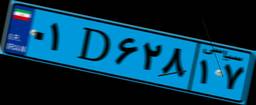
۳۳D۸۰۹۷۵